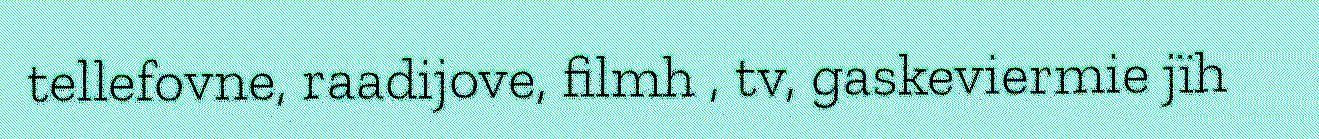
tellefovne, raadijove, filmh , tv, gaskeviermie jïh